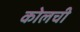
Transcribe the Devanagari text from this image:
कोलची